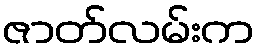
ဇာတ်လမ်းက